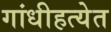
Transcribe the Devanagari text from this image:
गांधीहत्येत